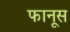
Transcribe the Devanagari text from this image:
फानूस